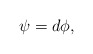
\begin{align*} \psi=d\phi,\end{align*}